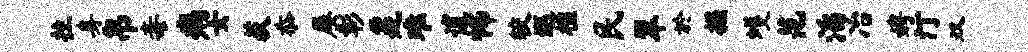
拄身帛毒病女荻忝屡彰鼐难逋怖较巡槛民翠於掘蠖范滔冶娉汀双